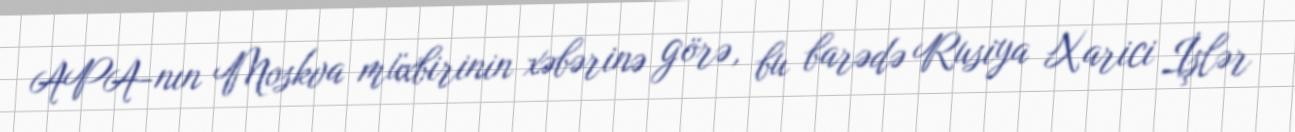
APA-nın Moskva müxbirinin xəbərinə görə, bu barədə Rusiya Xarici İşlər